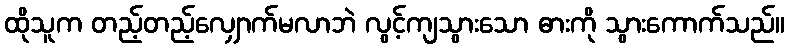
ထိုသူက တည့်တည့်လျှောက်မလာဘဲ လွင့်ကျသွားသော ဓားကို သွားကောက်သည်။